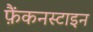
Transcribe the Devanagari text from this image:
फ़ैंकनस्टाइन